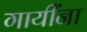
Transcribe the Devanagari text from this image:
गायींना